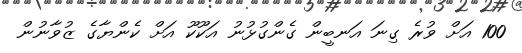
100 އަށް ވުރެ ގިނަ އަނބީން ގެންގުޅުނު އަކޫކޫ އަށް ކެންޔާގެ ޒުވާނުން